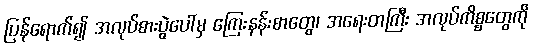
ပြန်ရောက်၍ အလုပ်စားပွဲပေါ်မှ ကြေးနန်းစာတွေ၊ အရေးတကြီး အလုပ်ကိစ္စတွေကို